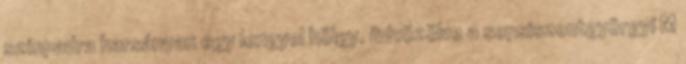
színpadra harsányan egy lengyel hölgy, üdvözölve a sepsiszentgyörgyi M